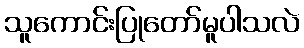
သူကောင်းပြုတော်မူပါသလဲ